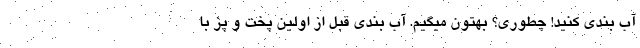
آب بندی کنید! چطوری؟ بهتون میگیم. آب بندی قبل از اولین پخت و پز با